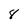
Character: 8